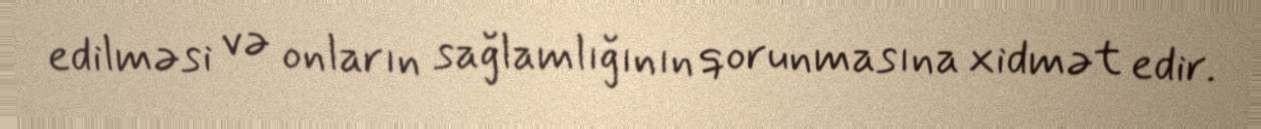
edilməsi və onların sağlamlığının qorunmasına xidmət edir.